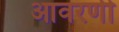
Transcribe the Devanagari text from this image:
आवरणी